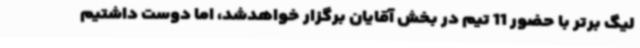
لیگ برتر با حضور 11 تیم در بخش آقایان برگزار خواهدشد، اما دوست داشتیم